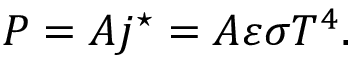
P = A j ^ { \star } = A \varepsilon \sigma T ^ { 4 } .